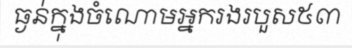
ធ្ងន់ក្នុងចំណោមអ្នករងរបួស៥៣